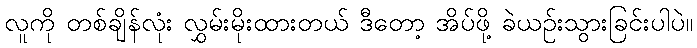
လူကို တစ်ချိန်လုံး လွှမ်းမိုးထားတယ် ဒီတော့ အိပ်ဖို့ ခဲယဉ်းသွားခြင်းပါပဲ။